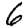
Digit: 6